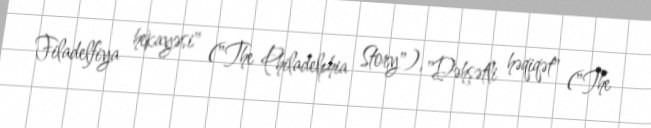
Filadelfiya hekayəsi" ("The Philadelphia Story"), "Dəhşətli həqiqət" ("The